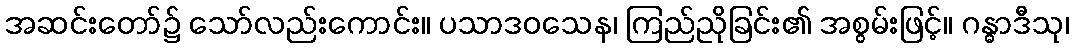
အဆင်းတော်၌ သော်လည်းကောင်း။ ပသာဒဝသေန၊ ကြည်ညိုခြင်း၏ အစွမ်းဖြင့်။ ဂန္ဓာဒီသု၊